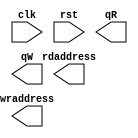
module sobelOp(clk, rst, rdaddress, wraddress, qR, qW);

	input clk;
	input rst;
	output [6:0] rdaddress;
	output [6:0] wraddress;
	output qR;
	output qW;
	
	reg [4:0] l;
	reg [4:0] c;
	reg [11:0] counter;
	
	always @ (posedge clk) begin
		if(l == 5'd0 || c == 5'd0 || l == 5'd63 || c == 5'd63) begin
		end
	end

endmodule